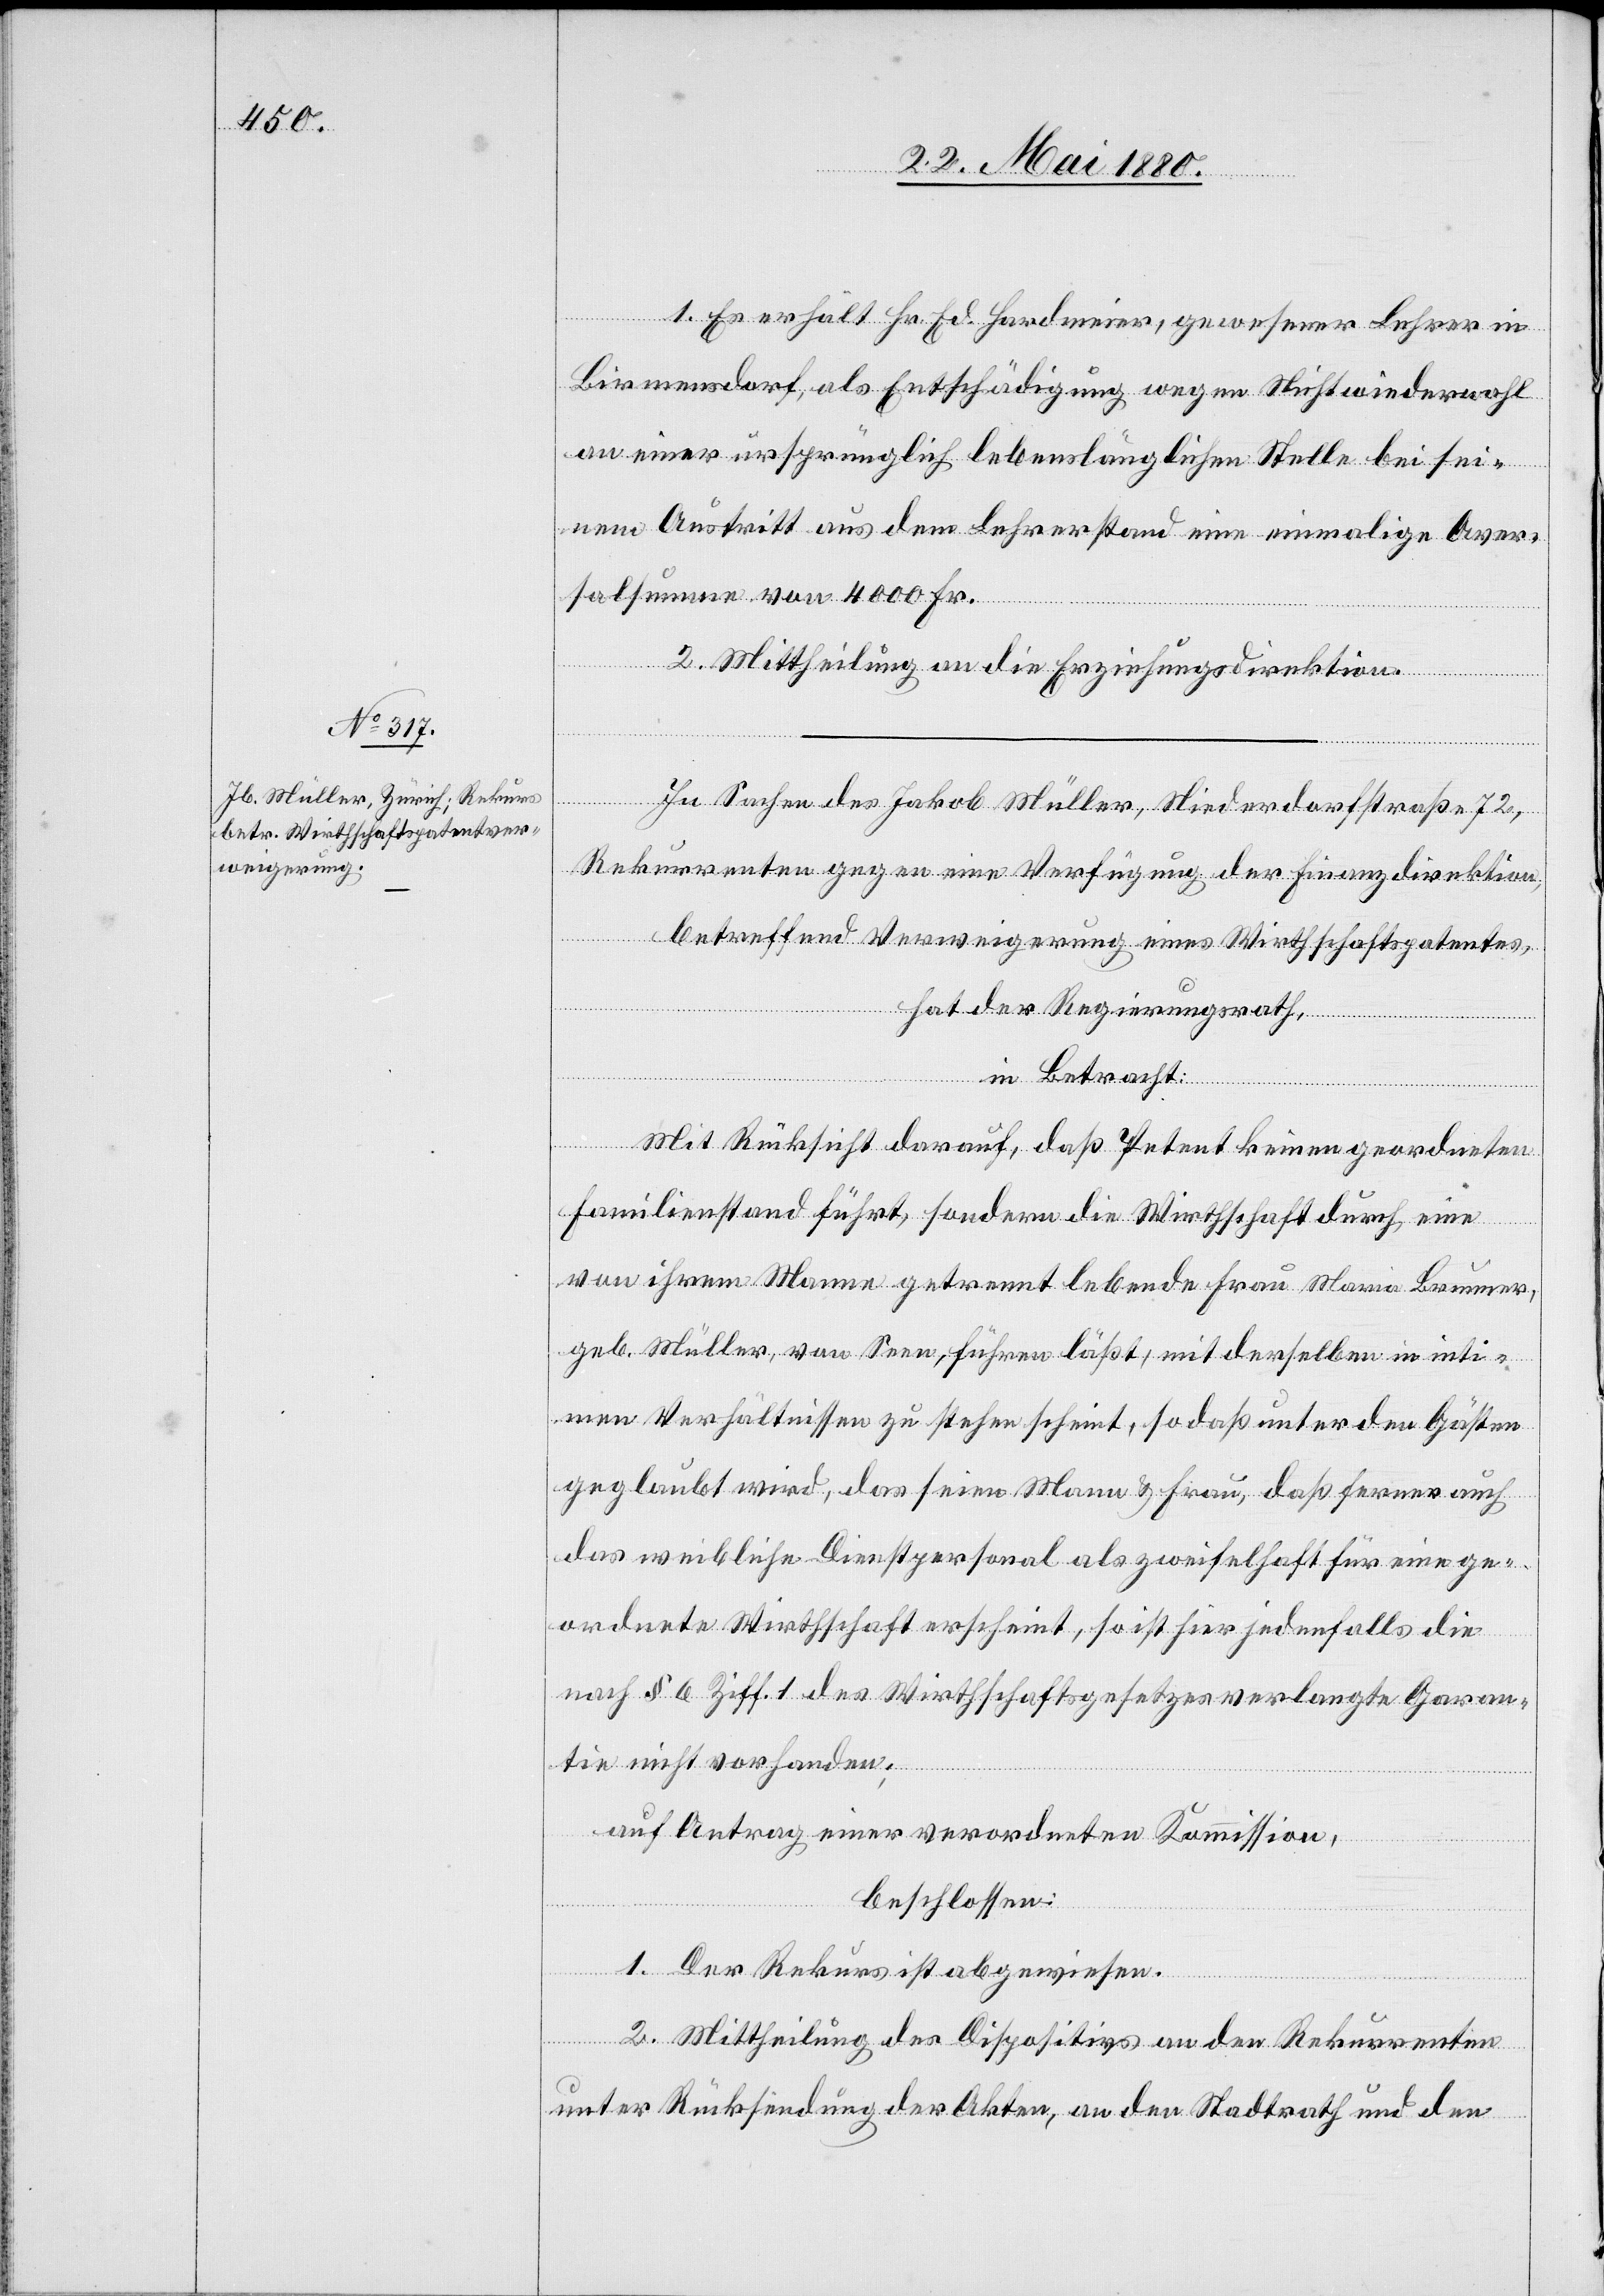
1. Es erhält Hr. Ed. Hardmeier, gewesener Lehrer in
Birmensdorf, als Entschädigung wegen Nichtwiederwahl
an einer ursprünglich lebenslänglichen Stelle bei sei¬
nem Austritt aus dem Lehrerstand eine einmalige Aver¬
salsumme von 4000 Fr.
2. Mittheilung an die Erziehungsdirektion.
In Sachen des Jakob Müller, Niederdorfstraße 72,
Rekurrenten gegen eine Verfügung der Finanzdirektion,
betreffend Verweigerung eines Wirthschaftspatentes,
hat der Regierungsrath,
in Betracht:
Mit Rücksicht darauf, daß Petent keinen geordneten
Familienstand führt, sondern die Wirthschaft durch eine
von ihrem Manne getrennt lebende Frau Maria Brunner,
geb. Müller, von Seen, führen läßt, mit derselben in inti¬
men Verhältnissen zu stehen scheint, so daß unter den Gästen
geglaubt wird, das seien Mann & Frau, daß ferner auch
das weibliche Dienstpersonal als zweifelhaft für eine ge¬
ordnete Wirthschaft erscheint, so ist hier jedenfalls die
nach § 6 Ziff. 1 des Wirthschaftsgesetzes verlangte Garan¬
tie nicht vorhanden;
auf Antrag einer verordneten Kommission,
beschlossen:
1. Der Rekurs ist abgewiesen.
2. Mittheilung des Dispositivs an den Rekurrenten
unter Rücksendung der Akten, an den Stadtrath und den